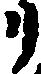
リ